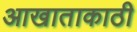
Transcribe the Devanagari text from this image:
आखाताकाठी